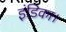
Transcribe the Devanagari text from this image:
इंडिका।